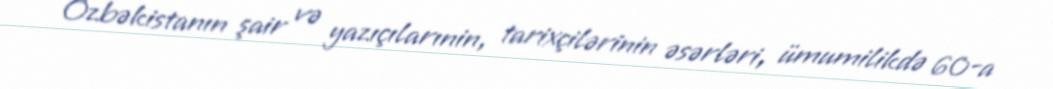
Özbəkistanın şair və yazıçılarınin, tarixçilərinin əsərləri, ümumilikdə 60-a